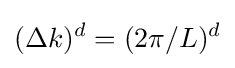
(\Delta k)^{d}=({2\pi }/{L})^{d}